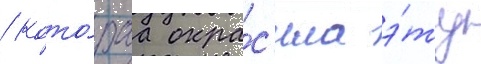
/ кото́раа окра́с'ила э́ту